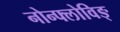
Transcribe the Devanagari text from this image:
नोन्फ्लोविङ्